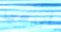
أبيعها